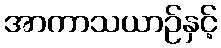
အာကာသယာဉ်နှင့်